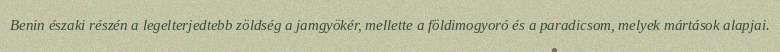
Benin északi részén a legelterjedtebb zöldség a jamgyökér, mellette a földimogyoró és a paradicsom, melyek mártások alapjai.